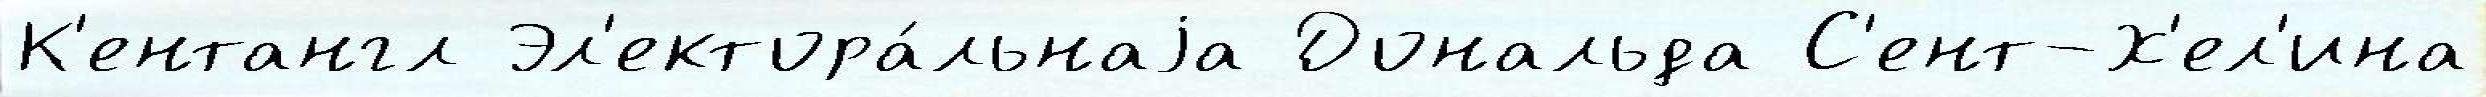
К'ентангл Эл'ектора́льнаjа Дональда С'ент-Х'ел'ина